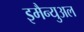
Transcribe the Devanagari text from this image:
इमैन्युअल